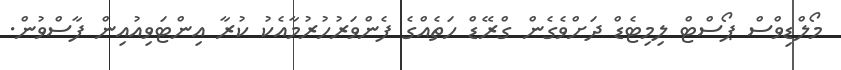
މޯލްޑިވްސް ޕޯސްޓް ލިމިޓެޑް ދަށްވެގެން ގްރޭޑް ހަތެއްގެ ފެންވަރުހުރުމާއެކު ކުރާ އިންޓަވިއުއިން ފާސްވުން.